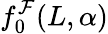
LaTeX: f_{0}^{\mathcal{F}}(L,\alpha)